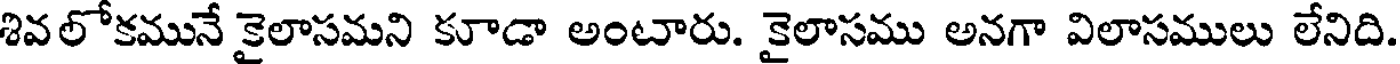
శివలోకమునే కైలాసమని కూడా అంటారు. కైలాసము అనగా విలాసములు లేనిది.